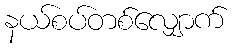
နယ်စပ်တစ်လျှောက်